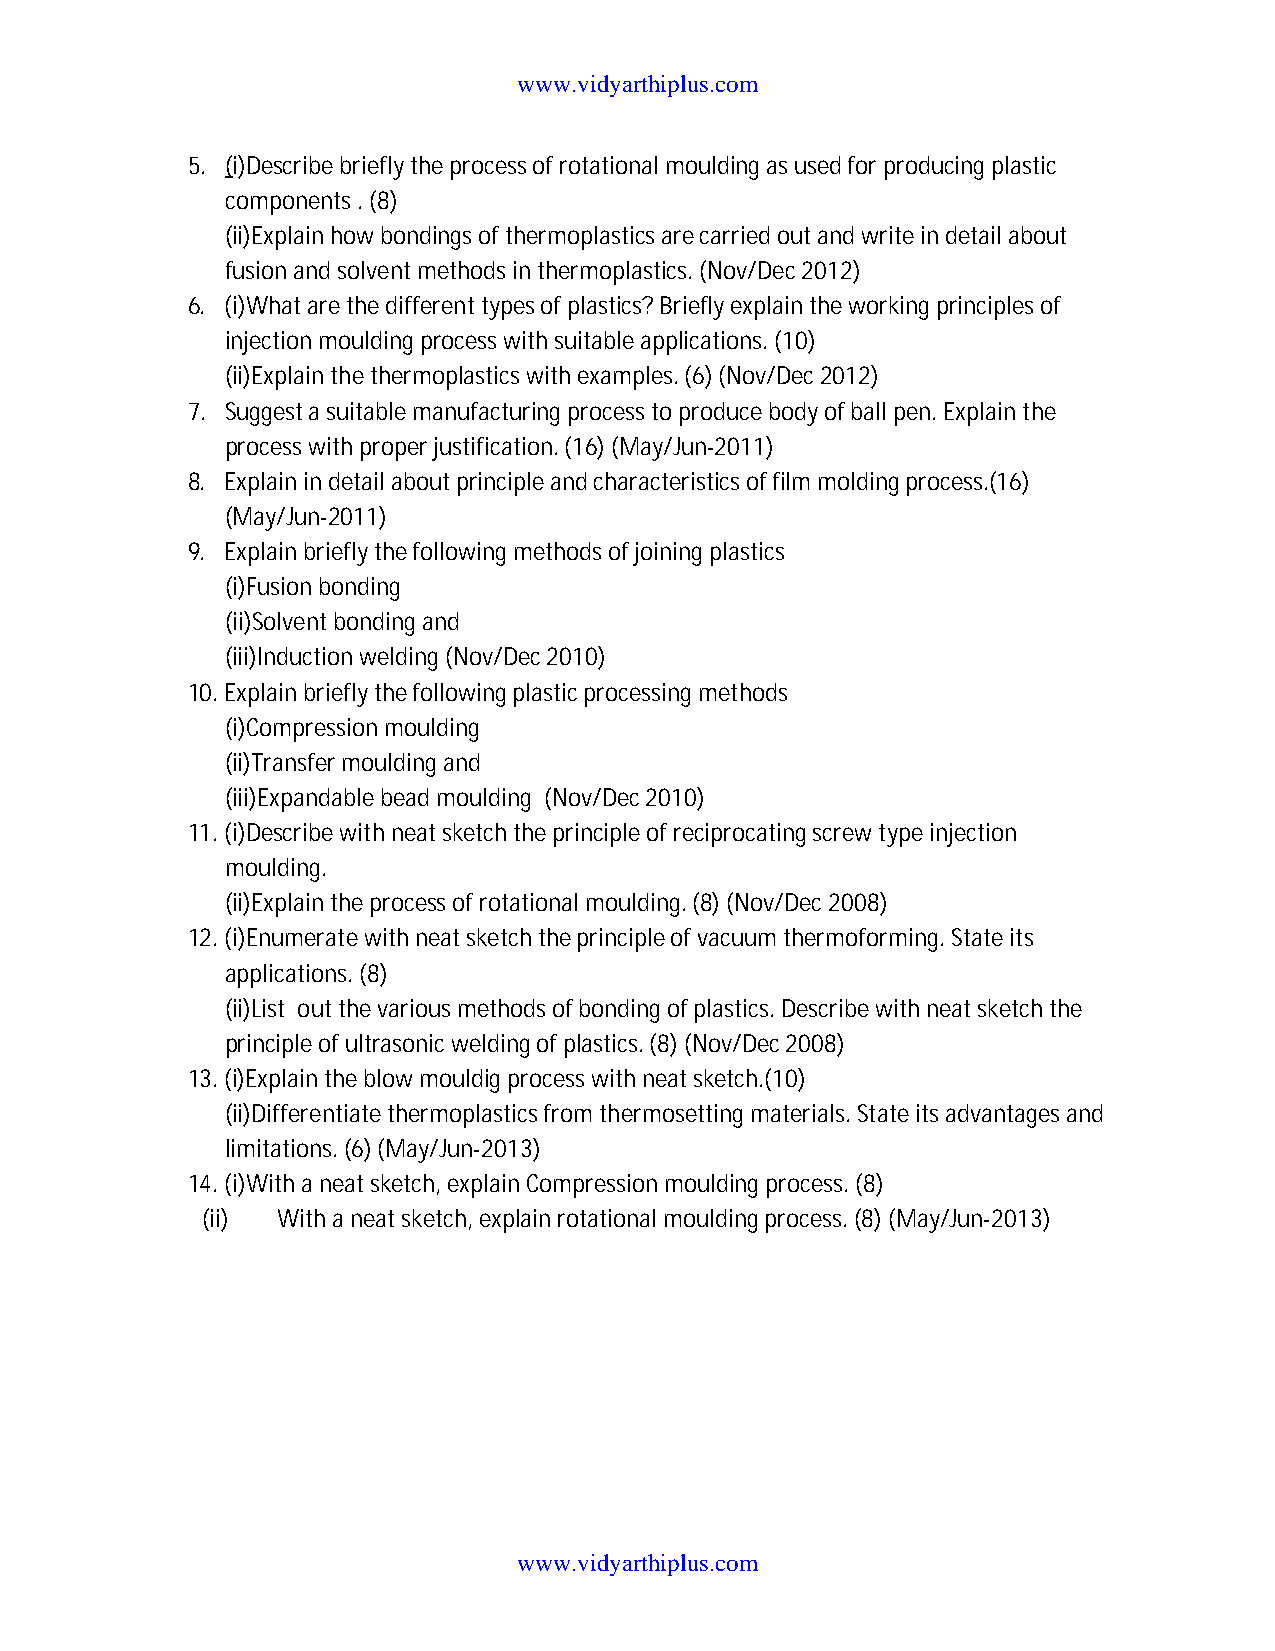
www.vidyarthiplus.com
 5. (i)Describe briefly the process of rotational moulding as used for producing plastic
 components . (8)
 (ii)Explain howbondings of thermoplastics are carried out and write in detail about
 fusion and solvent methods in thermoplastics. (Nov/Dec 2012)
 6. (i)What are the different types of plastics? Briefly explain the working principles of
 injection moulding process with suitable applications. (10)
 (ii)Explain the thermoplastics with examples. (6) (Nov/Dec 2012)
 7. Suggest a suitable manufacturing process to produce body of ball pen. Explain the
 process with proper justification. (16) (May/Jun-2011)
 8. Explain in detail about principle and characteristics of film molding process.(16)
 (May/Jun-2011)
 9. Explain briefly the following methods of joining plastics
 (i)Fusion bonding
 (ii)Solvent bonding and
 (iii)Induction welding (Nov/Dec 2010)
 10.Explain briefly the following plastic processing methods
 (i)Compression moulding
 (ii)Transfer moulding and
 (iii)Expandable bead moulding (Nov/Dec 2010)
 11.(i)Describe with neat sketch the principle of reciprocating screw type injection
 moulding.
 (ii)Explain the process of rotational moulding. (8) (Nov/Dec 2008)
 12.(i)Enumerate with neat sketch the principle of vacuum thermoforming. State its
 applications. (8)
 (ii)List out the various methods of bonding of plastics. Describe with neat sketch the
 principle of ultrasonic welding of plastics. (8) (Nov/Dec 2008)
 13.(i)Explain the blow mouldig process with neat sketch.(10)
 (ii)Differentiate thermoplastics from thermosetting materials. State its advantages and
 limitations. (6) (May/Jun-2013)
 14.(i)With a neat sketch, explain Compression moulding process. (8)
 (ii) With a neat sketch, explain rotational moulding process. (8) (May/Jun-2013)
 www.vidyarthiplus.com